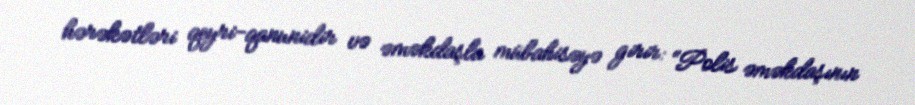
hərəkətləri qeyri-qanunidir və əməkdaşla mübahisəyə girir: “Polis əməkdaşının